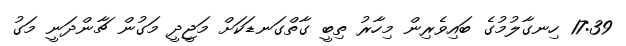
17:39 ހިނގާލުމުގެ ބައިވެރިން މިހާރު ތިބީ ގާތްގަނޑަކަށް މަޖީދީ މަގުން ޗާންދަނީ މަގު